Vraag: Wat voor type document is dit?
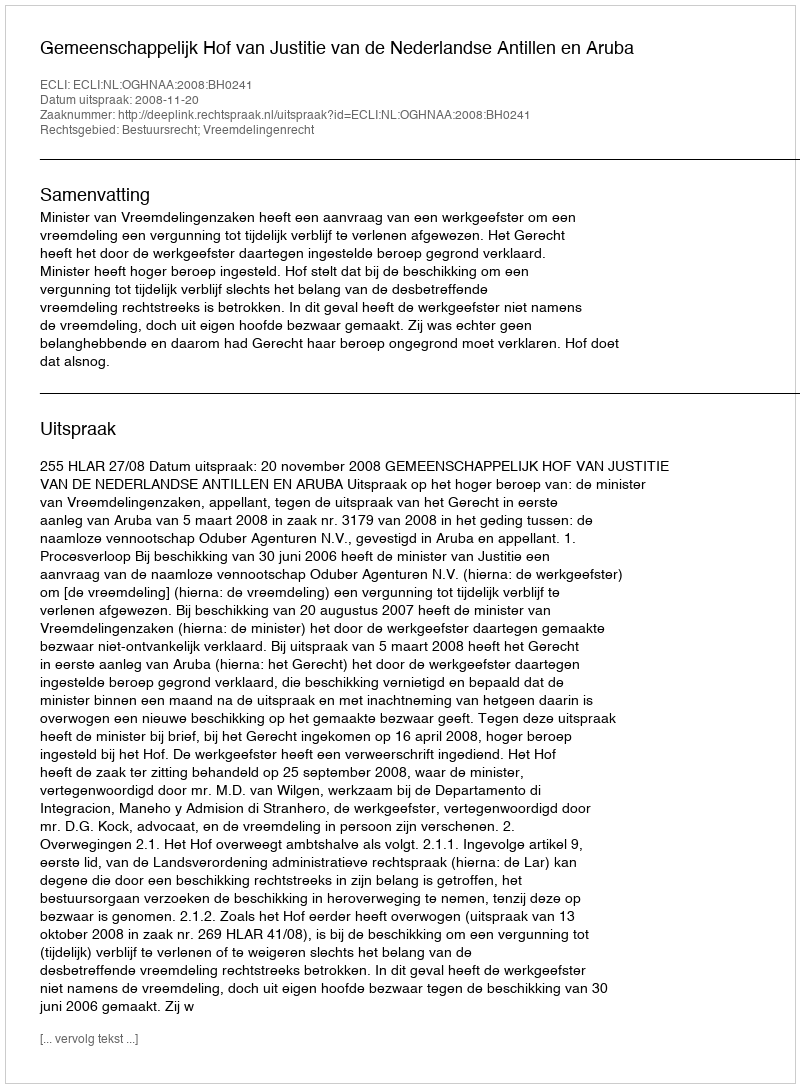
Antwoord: Uitspraak